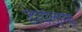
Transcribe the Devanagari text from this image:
डायलाग्स